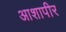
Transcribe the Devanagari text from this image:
आशापीर